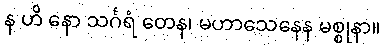
န ဟိ နော သင်္ဂရံ တေန၊ မဟာသေနေန မစ္စုနာ။